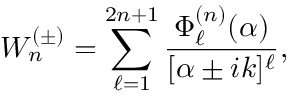
W _ { n } ^ { ( \pm ) } = \sum _ { \ell = 1 } ^ { 2 n + 1 } \frac { \Phi _ { \ell } ^ { ( n ) } ( \alpha ) } { [ \alpha \pm i k ] ^ { \ell } } ,